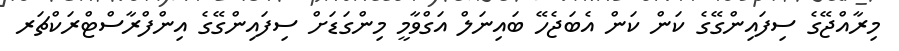
މިރާއްޖޭގެ ސިފައިންގޭގެ ކަން ކަން އެބަޖެހޭ ބައިނަލް އަގްވާމީ މިންގަޑަށް ސިފައިންގޭގެ އިންފްރާސްޓްރަކްޗަރ